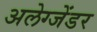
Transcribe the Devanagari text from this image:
अलेग्जेंडर